Veterinary regulations India, 1935 -
Year: 1935
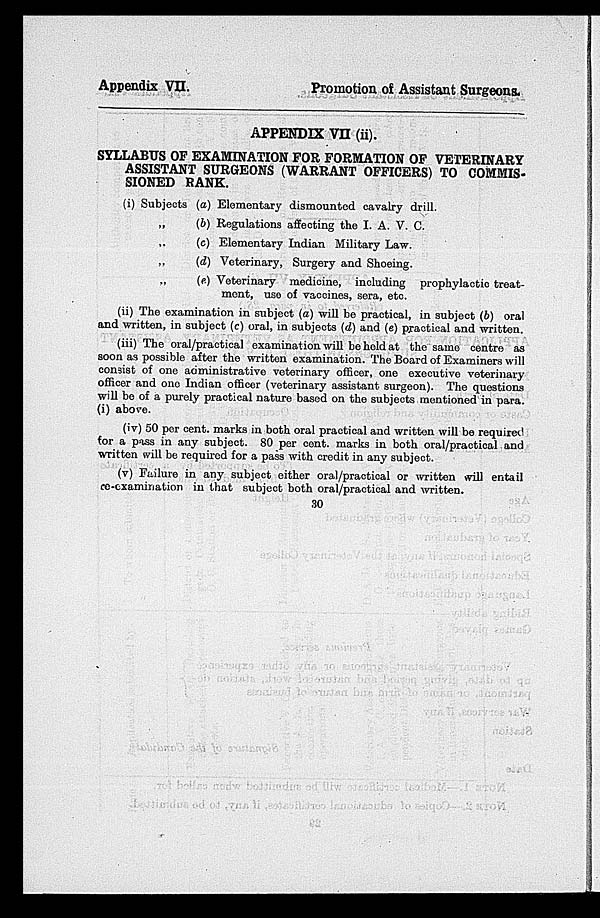
Appendix VII.
Promotion of Assistant Surgeons.
APPENDIX VII (ii).
SYLLABUS OF EXAMINATION FOR FORMATION OF VETERINARY
ASSISTANT SURGEONS (WARRANT OFFICERS) TO COMMIS-
SIONED RANK.
(i) Subjects
„
„
„
„
(a) Elementary dismounted cavalry drill.
(b) Regulations affecting the I. A. V. C.
(c) Elementary Indian Military Law.
(d) Veterinary, Surgery and Shoeing.
(e) Veterinary medicine, including prophylactic treat-
ment, use of vaccines, sera, etc.
(ii) The examination in subject (a) will be practical, in subject (b) oral
and written, in subject (c) oral, in subjects (d) and (e) practical and written.
(iii) The oral/practical examination will be held at the same centre as
soon as possible after the written examination. The Board of Examiners will
consist of one administrative veterinary officer, one executive veterinary
officer and one Indian officer (veterinary assistant surgeon). The questions
will be of a purely practical nature based on the subjects mentioned in para.
(i) above.
(iv) 50 per cent. marks in both oral practical and written will be required
for a pass in any subject. 80 per cent. marks in both oral/practical and
written will be required for a pass with credit in any subject.
(v) Failure in any subject either oral/practical or written will entail
re-examination in that subject both oral/practical and written.
30